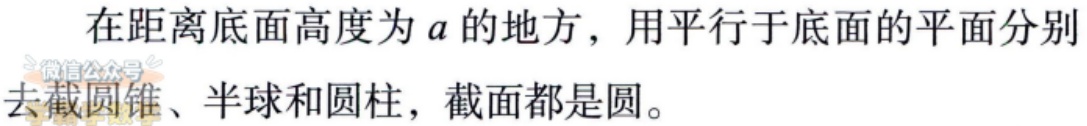
在距离底面高度为\(a\)的地方，用平行于底面的平面分别去截圆锥、半球和圆柱，截面都是圆。